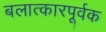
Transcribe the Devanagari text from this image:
बलात्कारपूर्वक